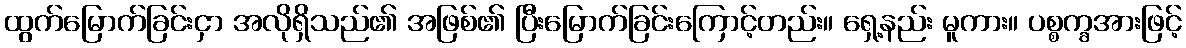
ထွက်မြောက်ခြင်းငှာ အလိုရှိသည်၏ အဖြစ်၏ ပြီးမြောက်ခြင်းကြောင့်တည်း။ ရှေ့နည်း မူကား။ ပစ္စက္ခအားဖြင့်